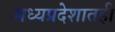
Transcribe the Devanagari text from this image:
मध्यप्रदेशातही